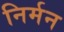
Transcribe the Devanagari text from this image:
निर्मन